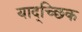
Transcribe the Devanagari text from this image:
याद्च्छिक